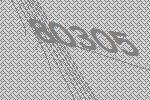
80305